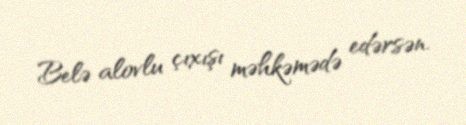
Belə alovlu çıxışı məhkəmədə edərsən.